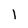
Character: 1